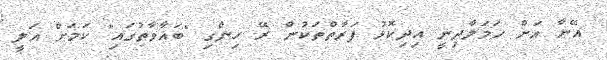
އޭނާ އަށް ހަމަލާދިނީ އިދިކޮޅު ފަރާތްތަކުން ރޭ ހިންގި "ބަޣާވާތުގައި" ކަމަށް އަލީ